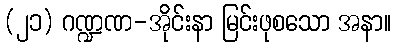
(၂၁) ဂဏ္ဍဏ-အိုင်းနာ မြင်းဖုစသော အနာ။